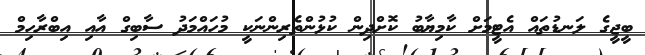
ބީޖީގެ ލަނޑުތައް އެޓީމަށް ކާމިޔާބު ކޮށްދިން ކުޅުންތެރިންނަކީ މުހައްމަދު ސާބިގް އާއި އިބްރާހިމް